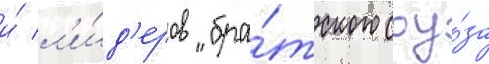
и́ л'и́д'еров "бра́тского соу́за